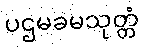
ပဌမခမသုတ္တံ